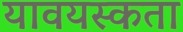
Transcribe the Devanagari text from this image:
यावयस्कता